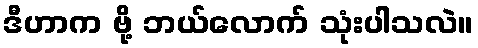
ဒီဟာက ဗို့ ဘယ်လောက် သုံးပါသလဲ။